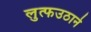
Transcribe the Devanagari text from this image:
लुत्फउठाने